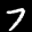
Label: 7